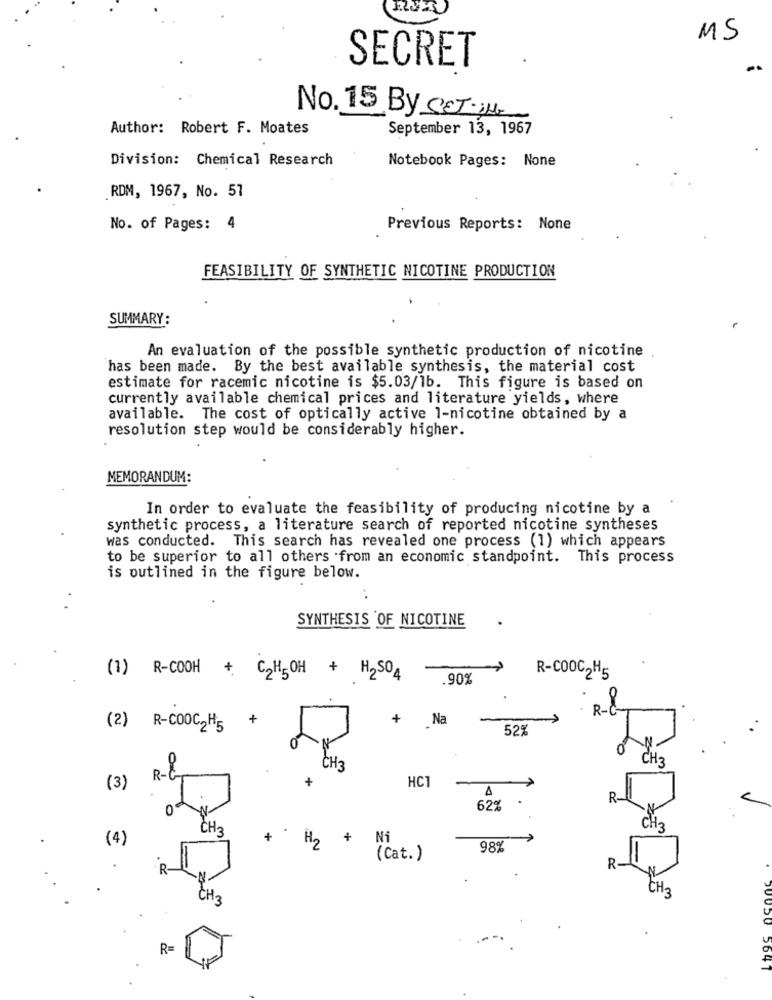
MS
SECRET
No. 15 By SET. IL
Author: Robert F. Moates
September 13, 1967
Division: Chemical Research
Notebook Pages: None
RDM, 1967, No. 57
No. of Pages: 4
Previous Reports: None
FEASIBILITY OF SYNTHETIC NICOTINE PRODUCTION
SUMMARY:
An evaluation of the possible synthetic production of nicotine
has been made. By the best available synthesis, the material cost
estimate for racemic nicotine is $5.03/1b. This figure is based on
currently available chemical prices and literature yields, where
available. The cost of optically active 1-nicotine obtained by a
resolution step would be considerably higher.
MEMORANDUM:
In order to evaluate the feasibility of producing nicotine by a
synthetic process, a literature search of reported nicotine syntheses
was conducted. This search has revealed one process (1) which appears
to be superior to all others from an economic standpoint. This process
is outlined in the figure below.
SYNTHESIS OF NICOTINE
>
R-COOC2H5
(1) R-COOH + C2H5 0H + H2504
.90%
00
+
+
Na
52%
(2) R-COOC2H5
N
CH3
CH3
R-
+
HC1
(3)
R-
0
62%
CH2
CH3
(4)
+
H2 +
Ni
98%
(Cat.)
R
R-
CH3
CH3
R=
5647